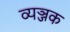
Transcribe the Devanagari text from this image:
व्यञ्जक